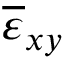
\overline { { \varepsilon } } _ { x y }